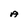
Character: A